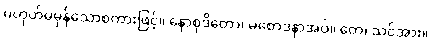
မဟုတ်မမှန်သောစကားဖြင့်။ နောစုဒိတော၊ မစောဒနာအပ်။ တေ၊ သင်အား။